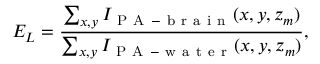
E _ { L } = \frac { \sum _ { x , y } I _ { \mathrm { ~ P ~ A ~ - ~ b ~ r ~ a ~ i ~ n ~ } } ( x , y , z _ { m } ) } { \sum _ { x , y } I _ { \mathrm { ~ P ~ A ~ - ~ w ~ a ~ t ~ e ~ r ~ } } ( x , y , z _ { m } ) } ,